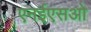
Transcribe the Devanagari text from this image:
एनईएसओ